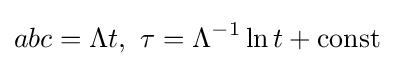
abc=\Lambda t,\ \tau =\Lambda ^{-1}\ln t+\mathrm {const}